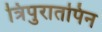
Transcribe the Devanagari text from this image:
त्रिपुरातपिन